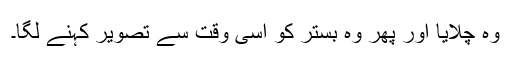
وہ چلایا اور پھر وہ بستر کو اسی وقت سے تصویر کہنے لگا۔